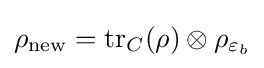
\rho _{\text{new}}=\operatorname {tr} _{C}(\rho )\otimes \rho _{\varepsilon _{b}}